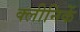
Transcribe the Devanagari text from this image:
क्लीनिकें